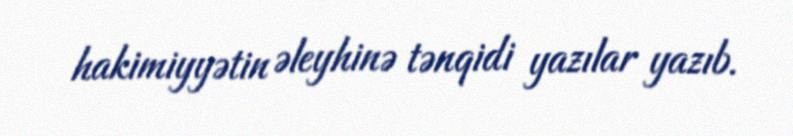
hakimiyyətin əleyhinə tənqidi yazılar yazıb.